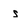
Character: s